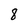
Character: 8